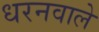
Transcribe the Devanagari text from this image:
धरनवाले